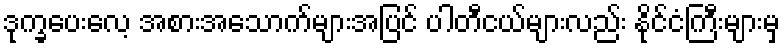
ဒုက္ခပေးလေ့ အစားအသောက်များအပြင် ပါတီငယ်များလည်း နိုင်ငံကြီးများမှ